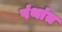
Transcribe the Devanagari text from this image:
पंथांत